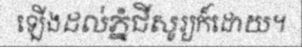
ឡើងដល់ភ្នំជីសូរ្យក៏ដោយ។